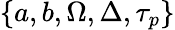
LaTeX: \{ a,b,\Omega,\Delta,\tau_{p}\}